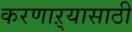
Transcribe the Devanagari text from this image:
करणाऱ्यासाठी